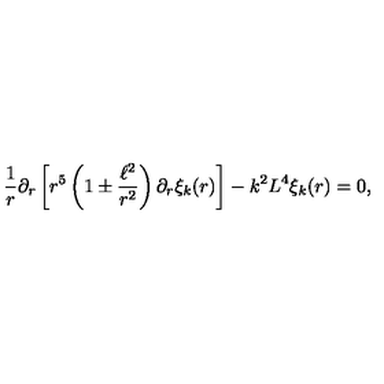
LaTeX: \frac { 1 } { r } \partial _ { r } \left[ r ^ { 5 } \left( 1 \pm \frac { \ell ^ { 2 } } { r ^ { 2 } } \right) \partial _ { r } \xi _ { k } ( r ) \right] - k ^ { 2 } L ^ { 4 } \xi _ { k } ( r ) = 0 ,